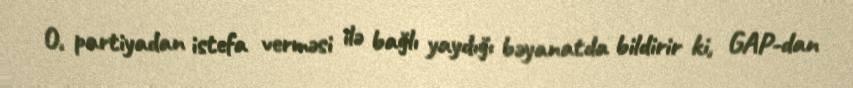
O, partiyadan istefa verməsi ilə bağlı yaydığı bəyanatda bildirir ki, GAP-dan